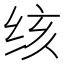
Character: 𰬓